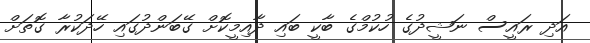
އަދި ރައީސް ނަޝީދުގެ ހުކުމްގެ ބާކީ ބައި ދާއިމީކޮށް ގޭބަންދުގައި ހޭދަކުރާ ގޮތަށް